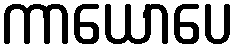
ကာယောပေ